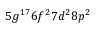
5 g ^ { 1 7 } 6 f ^ { 2 } 7 d ^ { 2 } 8 p ^ { 2 }